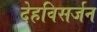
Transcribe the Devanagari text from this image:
देहविसर्जन